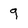
Character: 9